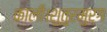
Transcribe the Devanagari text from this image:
काली।शुतुरमुर्ग